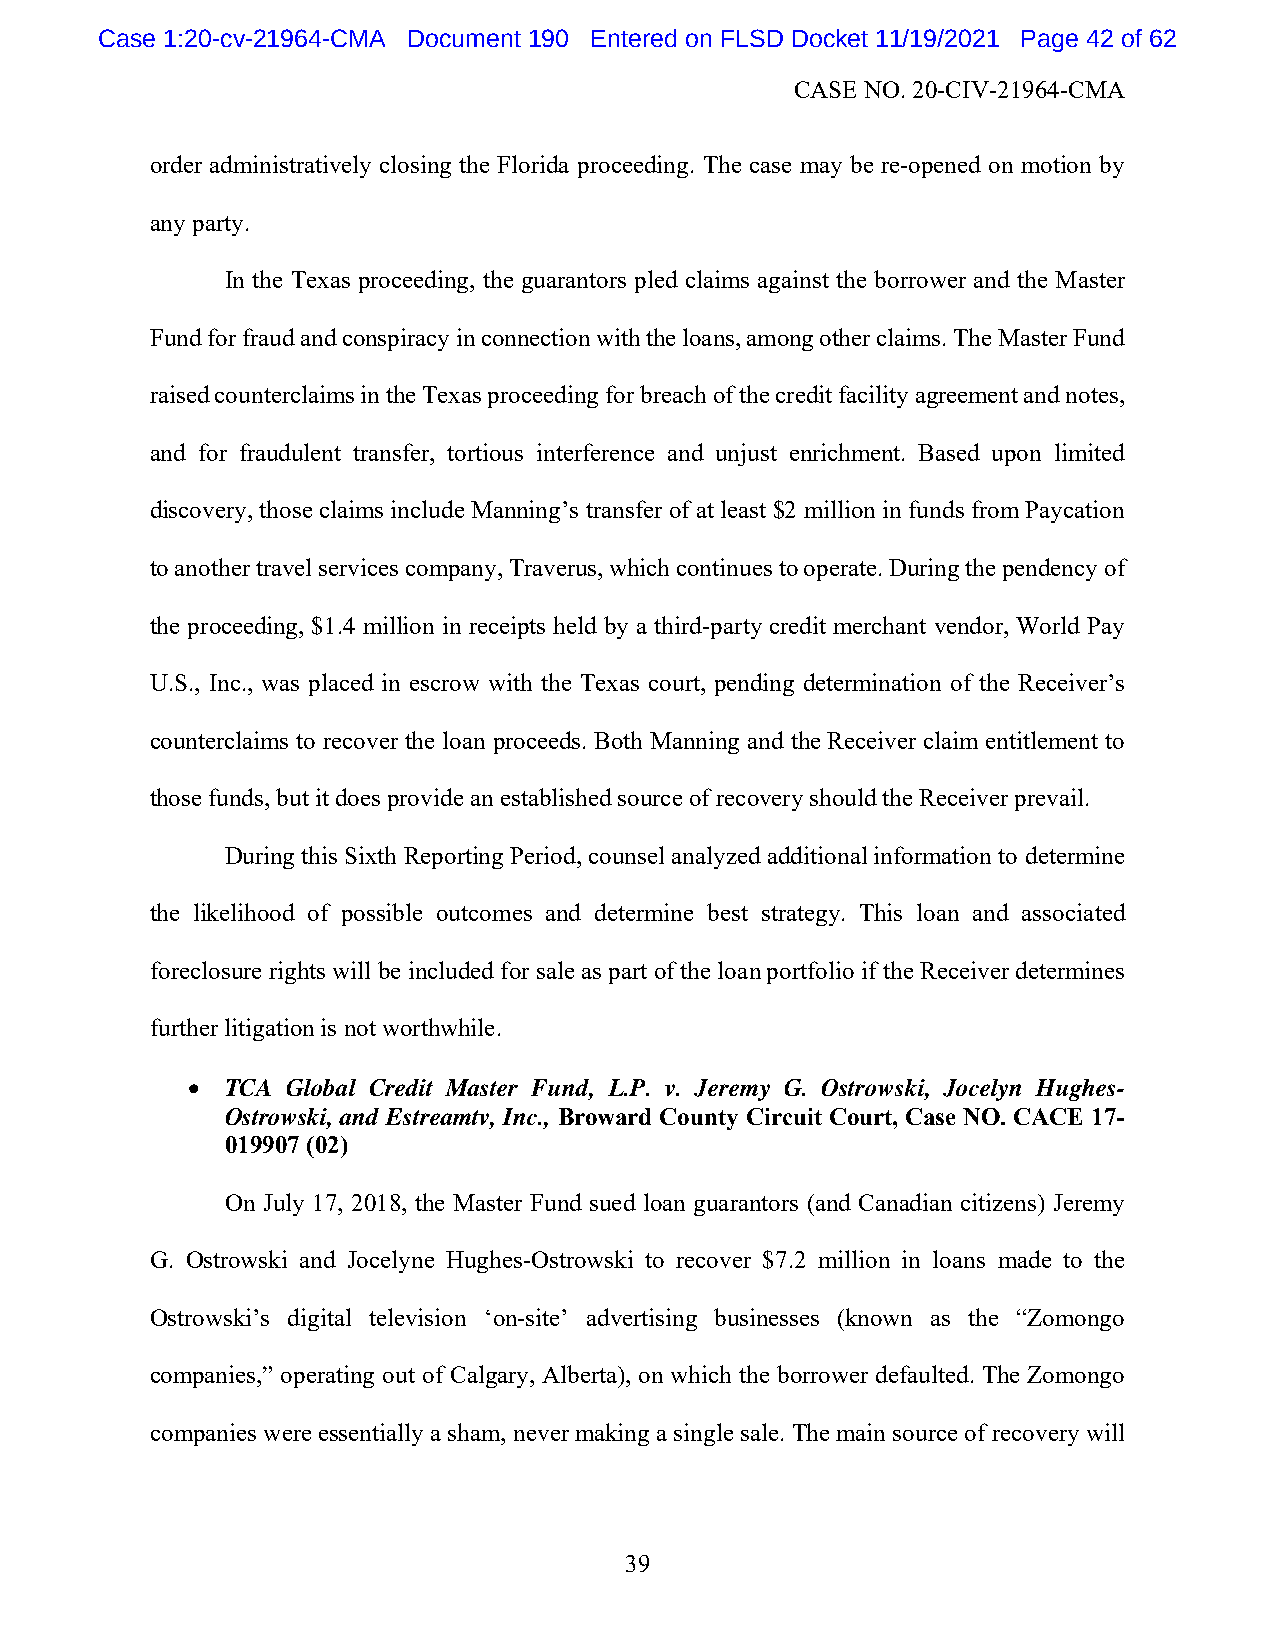
Case 1:20-cv-21964-CMA Document 190 Entered on FLSD Docket 11/19/2021 Page 42 of 62
 CASE NO. 20-CIV-21964-CMA
 order administratively closing the Florida proceeding. The case may be re-opened on motion by
 any party.
 In the Texas proceeding, the guarantors pled claims against the borrower and the Master
 Fund for fraud and conspiracy in connection with the loans, among other claims. The Master Fund
 raised counterclaims in the Texas proceeding for breach of the credit facility agreement and notes,
 and for fraudulent transfer, tortious interference and unjust enrichment. Based upon limited
 discovery, those claims include Manning’s transfer of at least $2 million in funds from Paycation
 to another travel services company, Traverus, which continues to operate. During the pendency of
 the proceeding, $1.4 million in receipts held by a third-party credit merchant vendor, World Pay
 U.S., Inc., was placed in escrow with the Texas court, pending determination of the Receiver’s
 counterclaims to recover the loan proceeds. Both Manning and the Receiver claim entitlement to
 those funds, but it does provide an established source of recovery should the Receiver prevail.
 During this Sixth Reporting Period, counsel analyzed additional information to determine
 the likelihood of possible outcomes and determine best strategy. This loan and associated
 foreclosure rights will be included for sale as part of the loan portfolio if the Receiver determines
 further litigation is not worthwhile.
   TCA Global Credit Master Fund, L.P. v. Jeremy G. Ostrowski, Jocelyn Hughes-
 Ostrowski, and Estreamtv, Inc., Broward County Circuit Court, Case NO. CACE 17-
 019907 (02)
 On July 17, 2018, the Master Fund sued loan guarantors (and Canadian citizens) Jeremy
 G. Ostrowski and Jocelyne Hughes-Ostrowski to recover $7.2 million in loans made to the
 Ostrowski’s digital television ‘on-site’ advertising businesses (known as the “Zomongo
 companies,” operating out of Calgary, Alberta), on which the borrower defaulted. The Zomongo
 companies were essentially a sham, never making a single sale. The main source of recovery will
 39